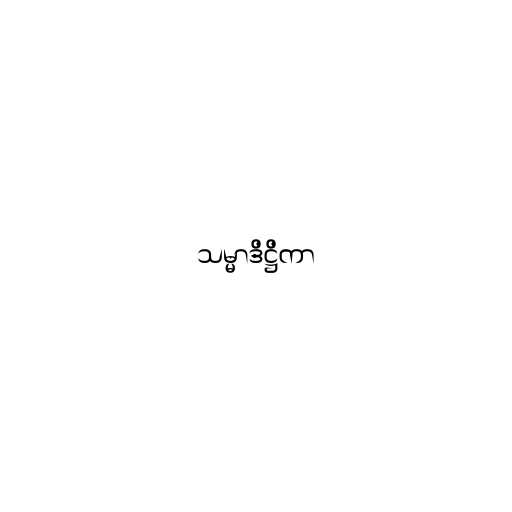
သမ္မာဒိဋ္ဌိကာ